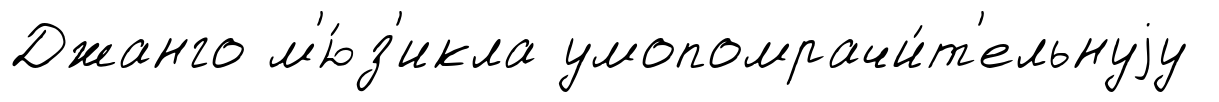
Джанго м'ю́з'икла умопомрачи́т'ельнуjу